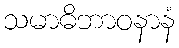
သမာဓိဘာဝနာနံ